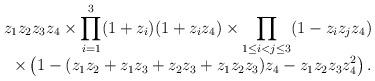
LaTeX: \begin{align*}\begin{matrix}\begin{aligned}z_{1}z_{2}z_{3}z_{4}\times\prod_{i=1}^{3}(1+z_{i})(1+z_{i}z_{4})\times\prod_{1\leq i<j\leq3}(1-z_{i}z_{j}z_{4})\\\;\;\times\left(1-(z_{1}z_{2}+z_{1}z_{3}+z_{2}z_{3}+z_{1}z_{2}z_{3})z_{4}-z_{1}z_{2}z_{3}z_{4}^{2}\right).\end{aligned}\end{matrix}\end{align*}